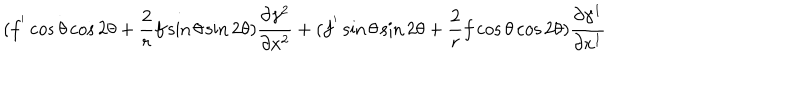
( f ^ { ' } \cos \theta \cos 2 \theta + \frac { 2 } { r } f \sin \theta \sin 2 \theta ) \frac { \partial \gamma ^ { 2 } } { \partial x ^ { 2 } } + ( f ^ { ' } \sin \theta \sin 2 \theta + \frac { 2 } { r } f \cos \theta \cos 2 \theta ) \frac { \partial \gamma ^ { 1 } } { \partial x ^ { 1 } }